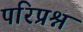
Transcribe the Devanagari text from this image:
परिप्रश्न